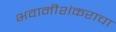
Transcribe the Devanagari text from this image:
भवानीशंकराचा